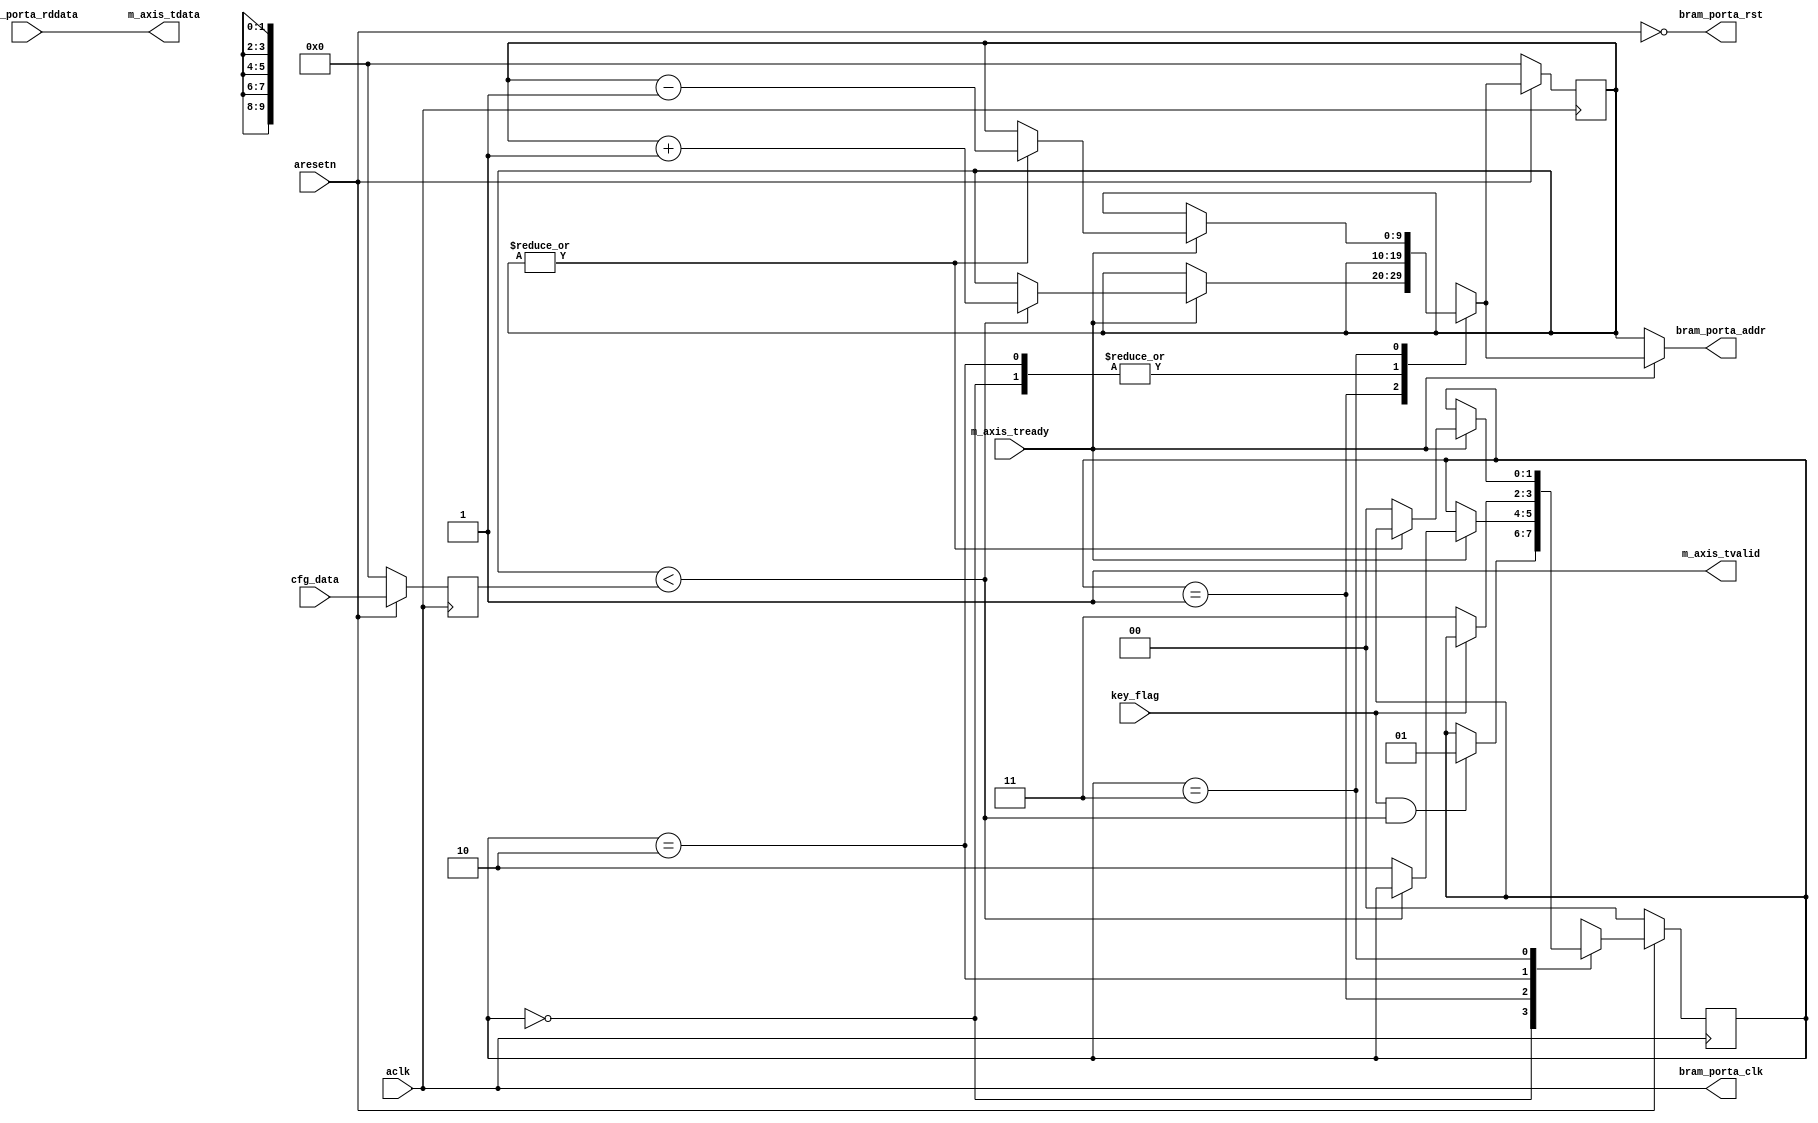

`timescale 1 ns / 1 ps

module axis_keyer #
(
  parameter integer AXIS_TDATA_WIDTH = 32,
  parameter integer BRAM_DATA_WIDTH = 32,
  parameter integer BRAM_ADDR_WIDTH = 10
)
(
  // System signals
  input  wire                        aclk,
  input  wire                        aresetn,

  input  wire [BRAM_ADDR_WIDTH-1:0]  cfg_data,
  input  wire                        key_flag,

  // Master side
  input  wire                        m_axis_tready,
  output wire [AXIS_TDATA_WIDTH-1:0] m_axis_tdata,
  output wire                        m_axis_tvalid,

  // BRAM port
  output wire                        bram_porta_clk,
  output wire                        bram_porta_rst,
  output wire [BRAM_ADDR_WIDTH-1:0]  bram_porta_addr,
  input  wire [BRAM_DATA_WIDTH-1:0]  bram_porta_rddata
);

  reg [BRAM_ADDR_WIDTH-1:0] int_addr_reg, int_addr_next;
  reg [BRAM_ADDR_WIDTH-1:0] int_data_reg;
  reg [1:0] int_case_reg, int_case_next;

  wire [1:0] int_comp_wire;

  always @(posedge aclk)
  begin
    if(~aresetn)
    begin
      int_addr_reg <= {(BRAM_ADDR_WIDTH){1'b0}};
      int_data_reg <= {(BRAM_ADDR_WIDTH){1'b0}};
      int_case_reg <= 2'd0;
    end
    else
    begin
      int_addr_reg <= int_addr_next;
      int_data_reg <= cfg_data;
      int_case_reg <= int_case_next;
    end
  end

  assign int_comp_wire = {|int_addr_reg, int_addr_reg < int_data_reg};

  always @*
  begin
    int_addr_next = int_addr_reg;
    int_case_next = int_case_reg;

    case(int_case_reg)
      2'd0:
      begin
        if(key_flag & int_comp_wire[0])
        begin
          int_case_next = 2'd1;
        end
      end
      2'd1:
      begin
        if(m_axis_tready)
        begin
          if(int_comp_wire[0])
          begin
            int_addr_next = int_addr_reg + 1'b1;
          end
          else
          begin
            int_case_next = 2'd2;
          end
        end
      end
      2'd2:
      begin
        if(~key_flag)
        begin
          int_case_next = 2'd3;
        end
      end
      2'd3:
      begin
        if(m_axis_tready)
        begin
          if(int_comp_wire[1])
          begin
            int_addr_next = int_addr_reg - 1'b1;
          end
          else
          begin
            int_case_next = 2'd0;
          end
        end
      end
    endcase
  end

  assign m_axis_tdata = bram_porta_rddata;
  assign m_axis_tvalid = 1'b1;

  assign bram_porta_clk = aclk;
  assign bram_porta_rst = ~aresetn;
  assign bram_porta_addr = m_axis_tready ? int_addr_next : int_addr_reg;

endmodule